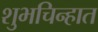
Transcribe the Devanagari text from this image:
शुभचिन्हात